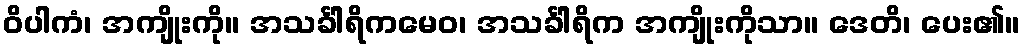
ဝိပါကံ၊ အကျိုးကို။ အသင်္ခါရိကမေဝ၊ အသင်္ခါရိက အကျိုးကိုသာ။ ဒေတိ၊ ပေး၏။